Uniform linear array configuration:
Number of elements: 32
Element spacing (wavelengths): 0.25
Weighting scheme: hann
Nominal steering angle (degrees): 30
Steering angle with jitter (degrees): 29.509
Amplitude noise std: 0.05
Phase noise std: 0.05

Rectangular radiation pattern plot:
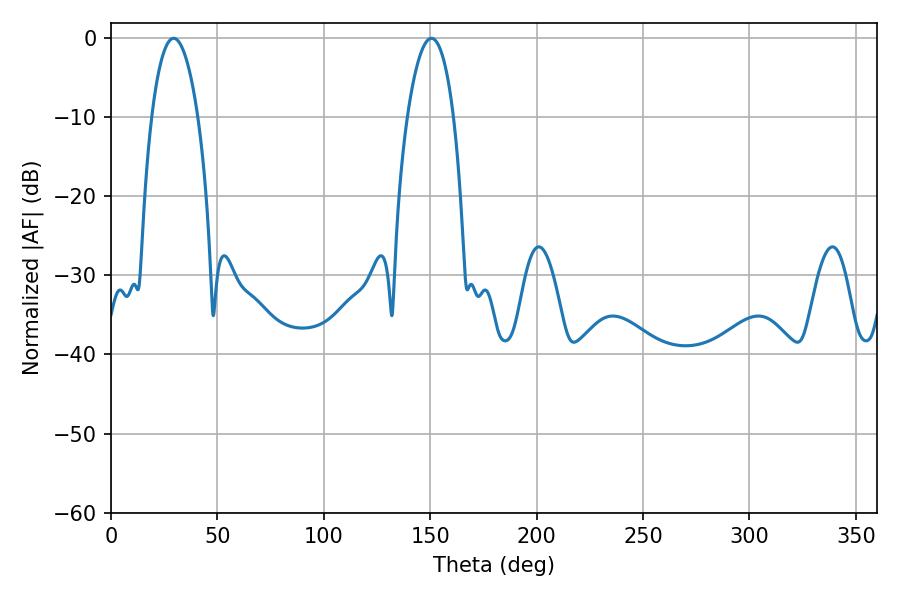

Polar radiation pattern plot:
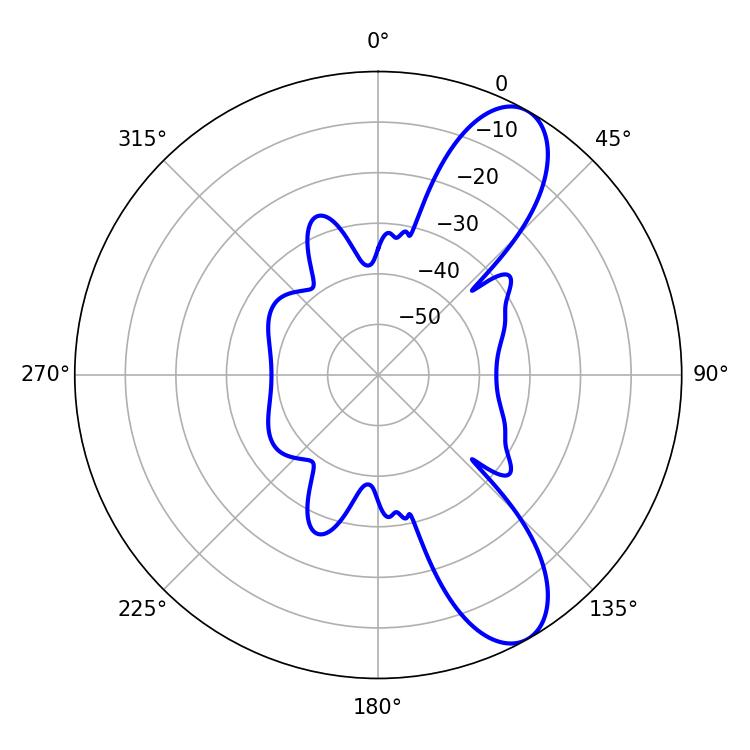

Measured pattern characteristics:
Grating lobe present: FALSE
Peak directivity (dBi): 9.54
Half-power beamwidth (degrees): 12.06
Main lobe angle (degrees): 29.52